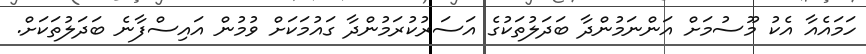
ހަމައެއާ އެކު މޫސުމަށް އަންނަމުންދާ ބަދަލުތަކުގެ އަސަރުކުރަމުންދާ ގައުމަކަށް ވުމުން އައިސްފާނެ ބަދަލުތަކަށް.